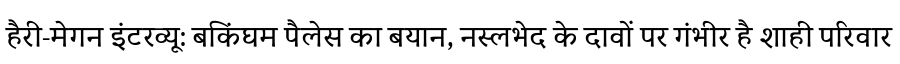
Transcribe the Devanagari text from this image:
हैरी-मेगन इंटरव्यू: बकिंघम पैलेस का बयान, नस्लभेद के दावों पर गंभीर है शाही परिवार